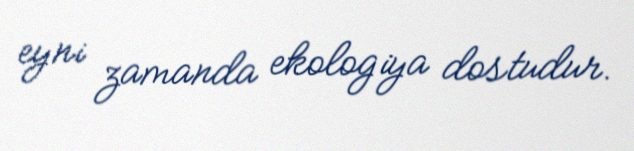
eyni zamanda ekologiya dostudur.